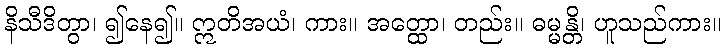
နိသီဒိတွာ၊ ၍နေ၍။ ဣတိအယံ၊ ကား။ အတ္ထော၊ တည်း။ ဓမ္မန္တိ၊ ဟူသည်ကား။